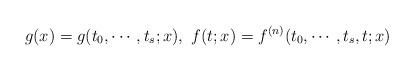
LaTeX: \begin{align*}g(x)=g(t_0,\cdots, t_s ; x), \ f(t ; x)=f^{(n)}(t_0,\cdots, t_s, t ; x)\end{align*}